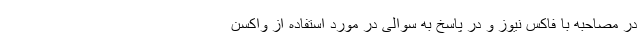
در مصاحبه با فاکس نیوز و در پاسخ به سوالی در مورد استفاده از واکسن